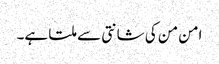
امن من کی شانتی سے ملتا ہے۔